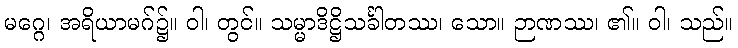
မဂ္ဂေ၊ အရိယာမဂ်၌။ ဝါ၊ တွင်။ သမ္မာဒိဋ္ဌိသင်္ခါတဿ၊ သော။ ဉာဏဿ၊ ၏။ ဝါ၊ သည်။